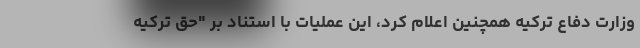
وزارت دفاع ترکیه همچنین اعلام کرد، این عملیات با استناد بر "حق ترکیه